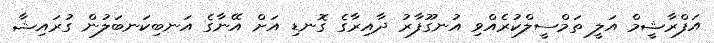
އަފްރާޝީމް އަލީ ތަމްސީލްކުރެއްވި އުނގޫފާރު ދާއިރާގެ ގޮނޑި އަށް އޭނާގެ އަނބިކަނބަލުން ގުރައިޝާ